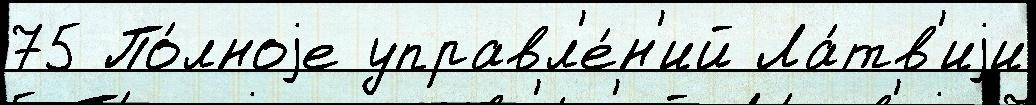
75 По́лноjе управл'е́н'ий Ла́тв'иjи